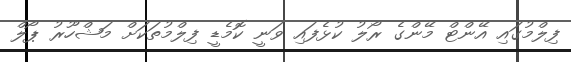
ފިލްމުގައި އޭންޓް މޭންގެ ރޯލު ކުޅެފައި ވަނީ ކޮމެޑީ ފިލްމުތަކަށް މަޝްހޫރު ޕޯލް